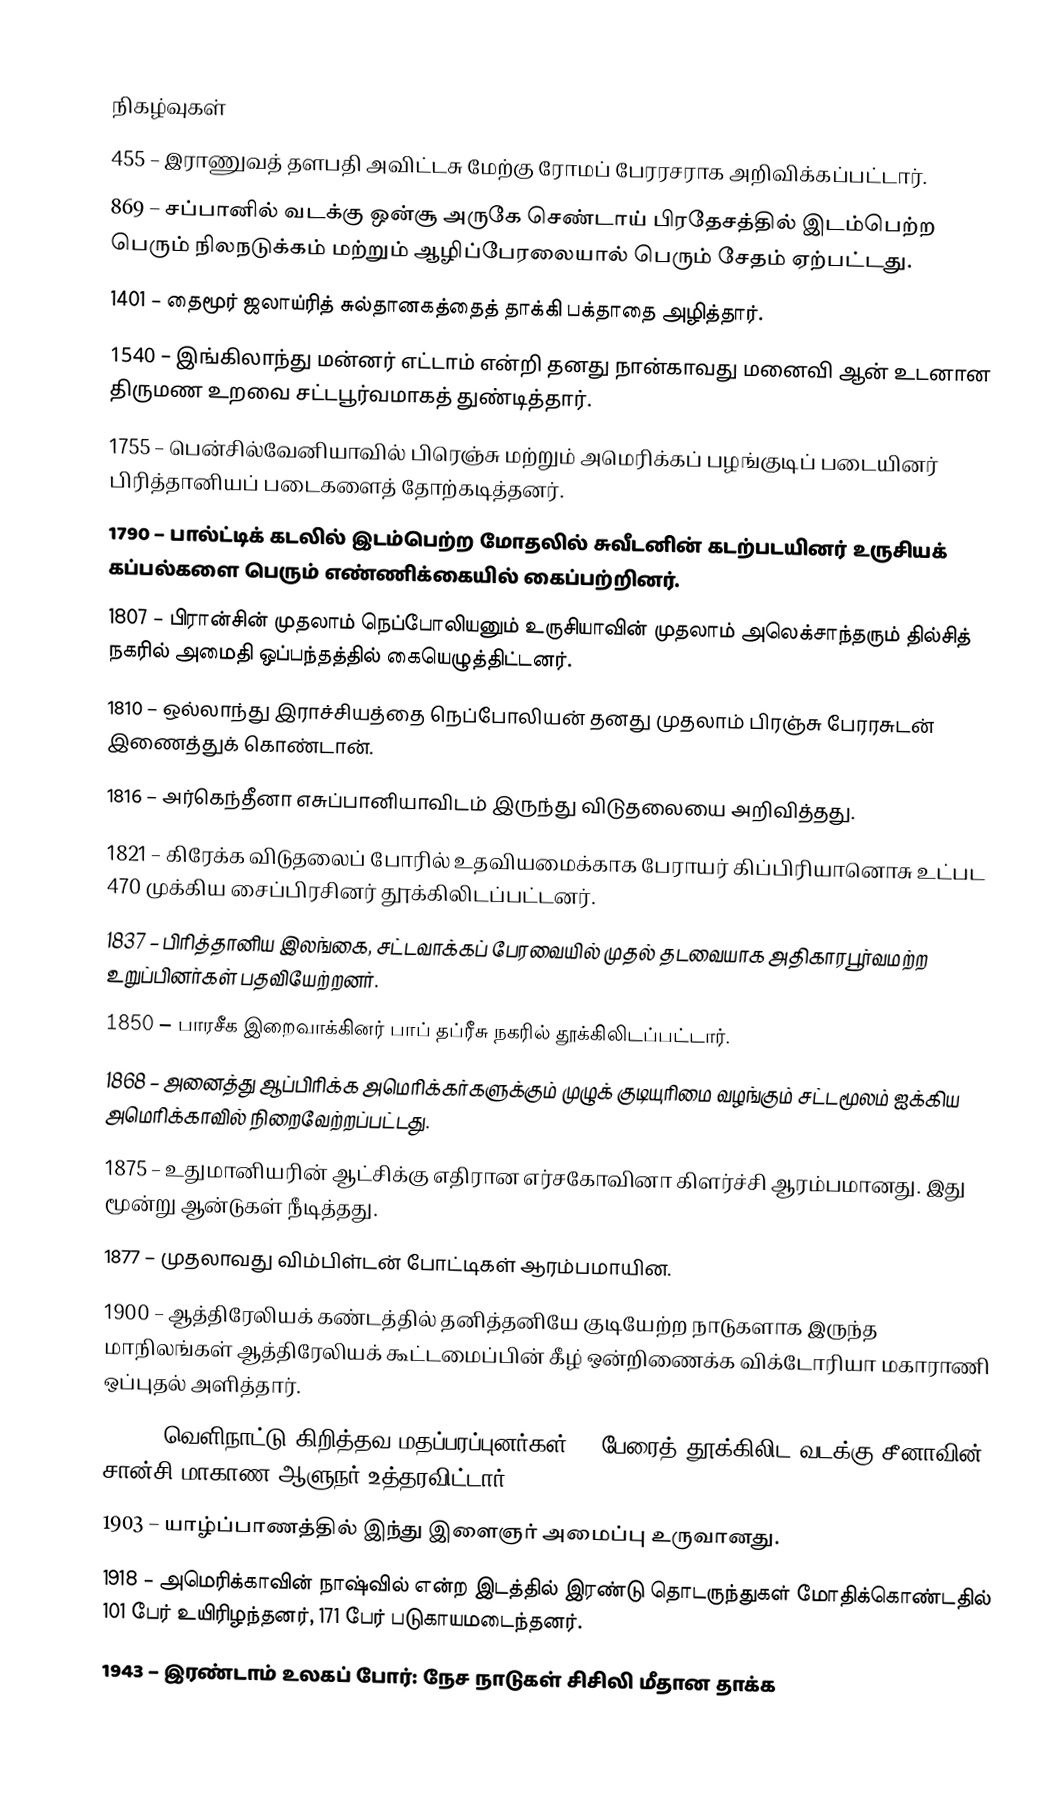

நிகழ்வுகள்
 455 – இராணுவத் தளபதி அவிட்டசு மேற்கு ரோமப் பேரரசராக அறிவிக்கப்பட்டார்.
 869 – சப்பானில் வடக்கு ஒன்சூ அருகே செண்டாய் பிரதேசத்தில் இடம்பெற்ற பெரும் நிலநடுக்கம் மற்றும் ஆழிப்பேரலையால் பெரும் சேதம் ஏற்பட்டது.
1401 – தைமூர் ஜலாய்ரித் சுல்தானகத்தைத் தாக்கி பக்தாதை அழித்தார்.
1540 – இங்கிலாந்து மன்னர் எட்டாம் என்றி தனது நான்காவது மனைவி ஆன் உடனான திருமண உறவை சட்டபூர்வமாகத் துண்டித்தார்.
1755 – பென்சில்வேனியாவில் பிரெஞ்சு மற்றும் அமெரிக்கப் பழங்குடிப் படையினர் பிரித்தானியப் படைகளைத் தோற்கடித்தனர்.
1790 – பால்ட்டிக் கடலில் இடம்பெற்ற மோதலில் சுவீடனின் கடற்படயினர் உருசியக் கப்பல்களை பெரும் எண்ணிக்கையில் கைப்பற்றினர்.
1807 – பிரான்சின் முதலாம் நெப்போலியனும் உருசியாவின் முதலாம் அலெக்சாந்தரும் தில்சித் நகரில் அமைதி ஒப்பந்தத்தில் கையெழுத்திட்டனர்.
1810 – ஒல்லாந்து இராச்சியத்தை நெப்போலியன் தனது முதலாம் பிரஞ்சு பேரரசுடன் இணைத்துக் கொண்டான்.
1816 – அர்கெந்தீனா எசுப்பானியாவிடம் இருந்து விடுதலையை அறிவித்தது.
1821 – கிரேக்க விடுதலைப் போரில் உதவியமைக்காக பேராயர் கிப்பிரியானொசு உட்பட 470 முக்கிய சைப்பிரசினர் தூக்கிலிடப்பட்டனர்.
1837 – பிரித்தானிய இலங்கை, சட்டவாக்கப் பேரவையில் முதல் தடவையாக அதிகாரபூர்வமற்ற உறுப்பினர்கள் பதவியேற்றனர்.
1850 – பாரசீக இறைவாக்கினர் பாப் தப்ரீசு நகரில் தூக்கிலிடப்பட்டார்.
1868 – அனைத்து ஆப்பிரிக்க அமெரிக்கர்களுக்கும் முழுக் குடியுரிமை வழங்கும் சட்டமூலம் ஐக்கிய அமெரிக்காவில் நிறைவேற்றப்பட்டது.
1875 – உதுமானியரின் ஆட்சிக்கு எதிரான எர்சகோவினா கிளர்ச்சி ஆரம்பமானது. இது மூன்று ஆன்டுகள் நீடித்தது.
1877 – முதலாவது விம்பிள்டன் போட்டிகள் ஆரம்பமாயின.
1900 – ஆத்திரேலியக் கண்டத்தில் தனித்தனியே குடியேற்ற நாடுகளாக இருந்த மாநிலங்கள் ஆத்திரேலியக் கூட்டமைப்பின் கீழ் ஒன்றிணைக்க விக்டோரியா மகாராணி ஒப்புதல் அளித்தார்.
1900 – வெளிநாட்டு கிறித்தவ மதப்பரப்புனர்கள் 45 பேரைத் தூக்கிலிட வடக்கு சீனாவின் சான்சி மாகாண ஆளுநர் உத்தரவிட்டார்.
1903 – யாழ்ப்பாணத்தில் இந்து இளைஞர் அமைப்பு உருவானது.
1918 – அமெரிக்காவின் நாஷ்வில் என்ற இடத்தில் இரண்டு தொடருந்துகள் மோதிக்கொண்டதில் 101 பேர் உயிரிழந்தனர், 171 பேர் படுகாயமடைந்தனர்.
1943 – இரண்டாம் உலகப் போர்: நேச நாடுகள் சிசிலி மீதான தாக்க